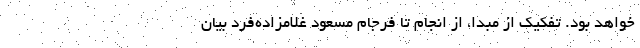
خواهد بود. تفکیک از مبدا، از انجام تا فرجام مسعود غلامزاده‌فرد بیان